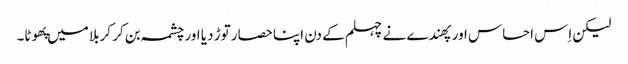
لیکن اِس احساس اور پهندے نے چہلم کے دن اپنا حصار توڑ دیا اور چشمہ بن کر کربلا میں پهوٹا۔